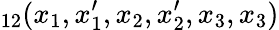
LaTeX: _{12}(x_{1},x_{1}^{\prime},x_{2},x_{2}^{\prime},x_{3},x_{3})